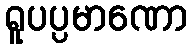
ရူပပ္ပမာဏော